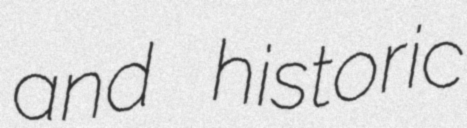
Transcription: and historic